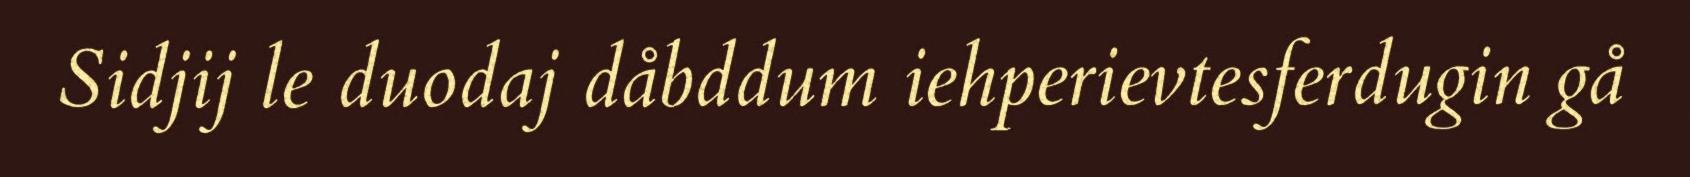
Sidjij le duodaj dåbddum iehperievtesferdugin gå